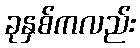
ခုနှစ်ကလည်း